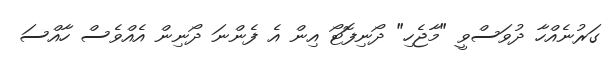
ގަރުނެއްހާ ދުވަސްވީ "މާޖެހި" ދޯނިފޮޓޯ އިން އެ ފެންނަ ދޯނިން އެއްވެސް ހާއްސަ